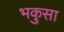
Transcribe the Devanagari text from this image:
भकुसा